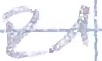
Text: R1